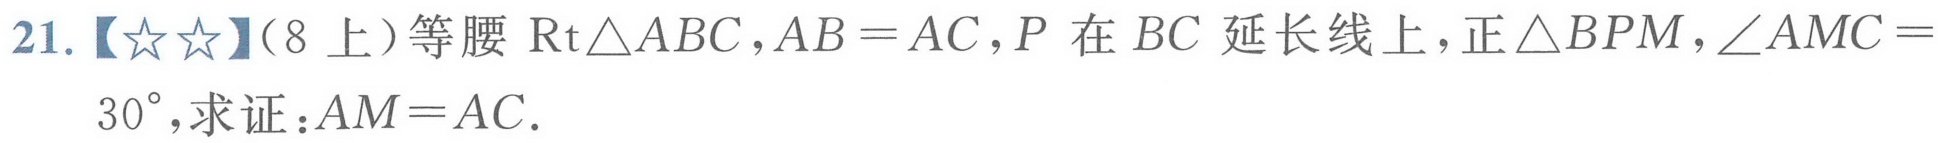
21.【★★】（8上）等腰$\text{Rt}\triangle ABC$，$AB = AC$，$P$在$BC$延长线上，正$\triangle BPM$，$\angle AMC = 30^{\circ}$，求证：$AM = AC$.